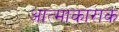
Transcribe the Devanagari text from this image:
आत्माकाराक